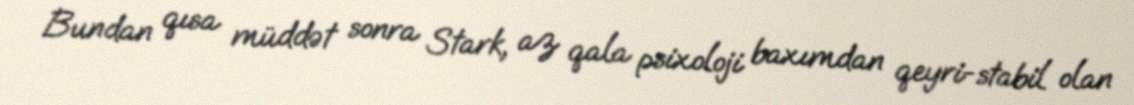
Bundan qısa müddət sonra Stark, az qala psixoloji baxımdan qeyri-stabil olan